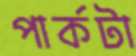
পার্কটা